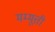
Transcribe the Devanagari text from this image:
मम्मूत्ती